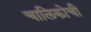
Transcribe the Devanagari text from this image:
चालिकोची